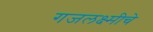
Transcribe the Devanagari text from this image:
गजलक्ष्मीचे